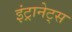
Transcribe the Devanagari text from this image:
इंट्रानेट्स